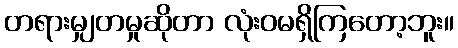
တရားမျှတမှုဆိုတာ လုံးဝမရှိကြတော့ဘူး။